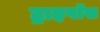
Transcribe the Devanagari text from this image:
ट्राइपॉस